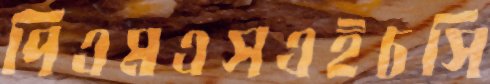
পিএমএসএইচসি